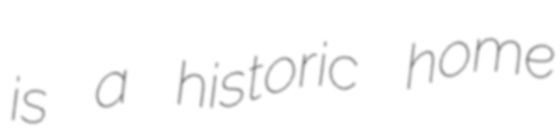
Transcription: is a historic home